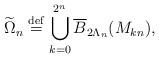
LaTeX: \begin{align*}\widetilde{\Omega}_{n}\stackrel{\rm def}=\bigcup_{k=0}^{2^n} \overline{B}_{2\Lambda_{n}}(M_{kn}),\end{align*}